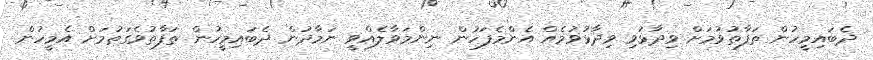
ދެބައިމީހުން ތަފާތުވުމަށް ވިދާޅުވި ވިދާޅުވުމެއް އެންމެފަހުން ނިންމަވާލެއްވީ ނަމާދުން ދެބައިމީހުން ތަފާތުވެގަތުމަށް އެމީހުން